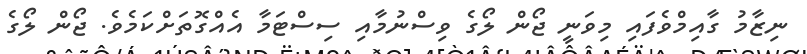
ނިޒާމު ގާއިމްވެފައި މިވަނީ ޖޯން ލޯގެ ވިސްނުމާއި ސިސްޓަމާ އެއްގޮތަށްކަމެވެ. ޖޯން ލޯގެ